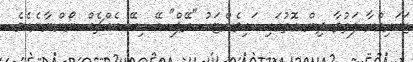
ޒަކަރިއްޔާ ފަތުވާ ދިން ގޮތުގައި ކައިވެންޏަކު "ރޭޕް" އޭ ކިޔޭ އެއްޗެއް ނޯންނާނެއެވެ.